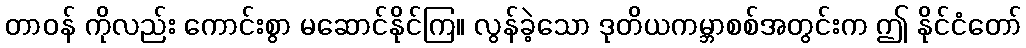
တာဝန် ကိုလည်း ကောင်းစွာ မဆောင်နိုင်ကြ။ လွန်ခဲ့သော ဒုတိယကမ္ဘာစစ်အတွင်းက ဤ နိုင်ငံတော်